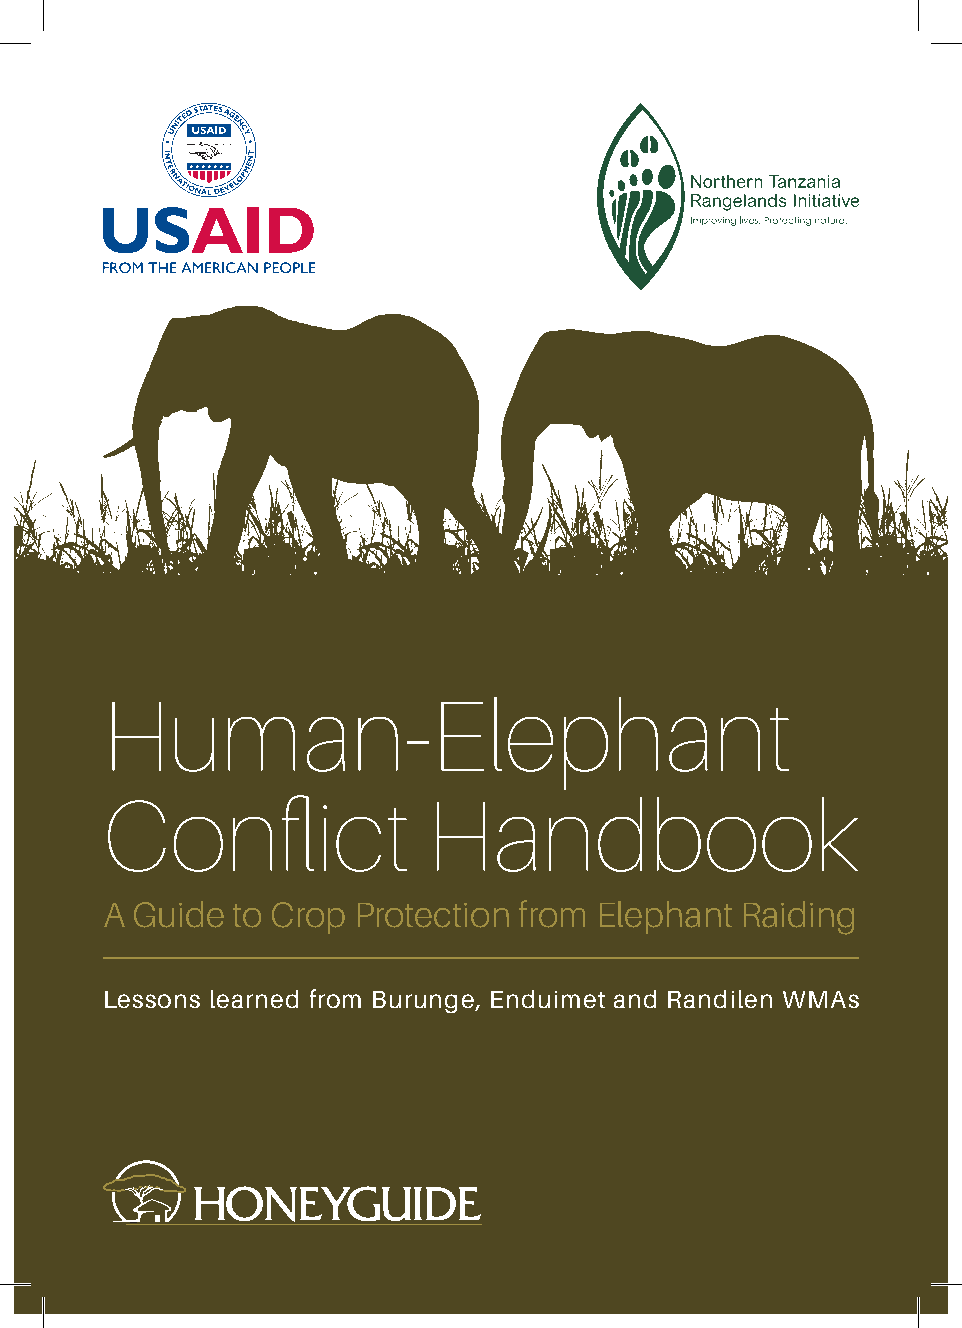
Human-Elephant
 Conflict             Handbook
 A Guide to Crop Protection from Elephant  Raiding
 Lessons learned from Burunge, Enduimet and Randilen WMAs